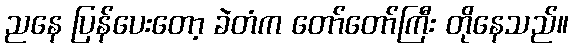
ညနေ ပြန်ပေးတော့ ခဲတံက တော်တော်ကြီး တိုနေသည်။